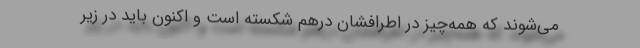
می‌شوند که همه‌چیز در اطرافشان درهم شکسته است و اکنون باید در زیر